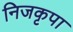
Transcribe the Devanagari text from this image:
निजकृपा